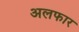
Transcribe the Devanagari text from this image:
अलफार